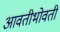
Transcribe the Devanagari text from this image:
आवतीभोवती